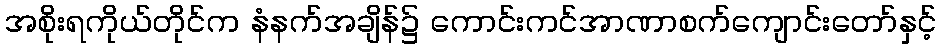
အစိုးရကိုယ်တိုင်က နံနက်အချိန်၌ ကောင်းကင်အာဏာစက်ကျောင်းတော်နှင့်